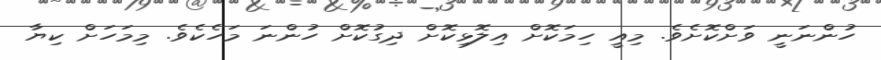
ހުންނަނީ ވަށްކޮށެވެ. މިއީ ހިމަކޮށް އިލޮޅިކޮށް ދިގުކޮށް ހުންނަ މަހެކެވެ. މިމަހަށް ކިޔާ